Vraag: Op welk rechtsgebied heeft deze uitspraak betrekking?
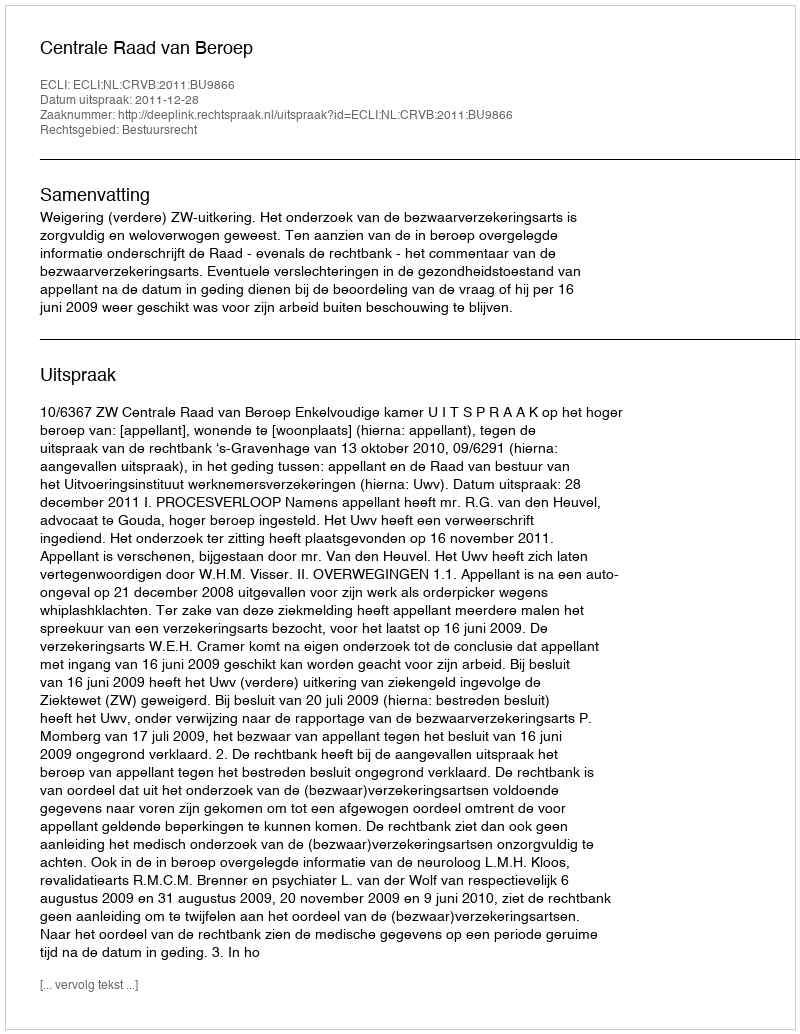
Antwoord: Bestuursrecht